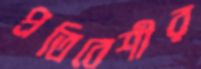
প্রতিবেশীর